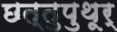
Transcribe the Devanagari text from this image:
छत्तुपुथूर्